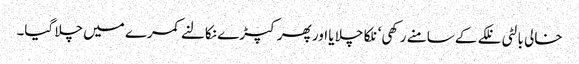
خالی بالٹی نلکے کے سامنے رکھی‘ نلکا چلا یا اور پھر کپڑے نکالنے کمرے میں چلا گیا۔